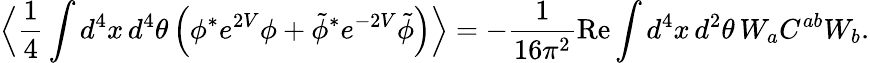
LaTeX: \Big\langle\frac{1}{4}\int d^{4}x\, d^{4}\theta\, \Big(\phi^{*}e^{2V}\phi+\tilde{\phi}^{*}e^{-2V}\tilde{\phi}\Big)\Big\rangle=-\frac{1}{16\pi^{2}}\mathrm{Re}\int d^{4}x\, d^{2}\theta\, W_{a}C^{ab}W_{b}.